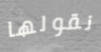
نقولها